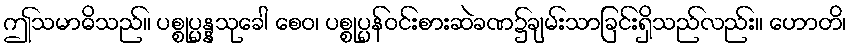
ဤသမာဓိသည်။ ပစ္စုပ္ပန္နသုခေါ စေဝ၊ ပစ္စုပ္ပန်ဝင်းစားဆဲခဏ၌ချမ်းသာခြင်းရှိသည်လည်း။ ဟောတိ၊